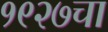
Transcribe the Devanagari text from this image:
१९२७चा